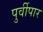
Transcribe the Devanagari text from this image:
पुर्वीपार